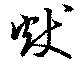
獻